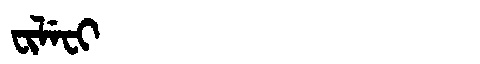
Manchu: ᠸᡳᠯᡝᠸᡳ
Romanization: FILEFI